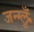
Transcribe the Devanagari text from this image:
जन्ग्लूँ